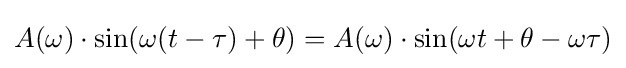
A(\omega )\cdot \sin(\omega (t-\tau )+\theta )=A(\omega )\cdot \sin(\omega t+\theta -\omega \tau )